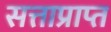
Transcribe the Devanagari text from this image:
सत्ताप्राप्त